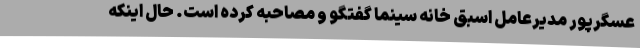
عسگرپور مدیرعامل اسبق خانه سینما گفتگو و مصاحبه کرده است. حال اینکه